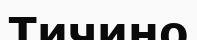
Тичино